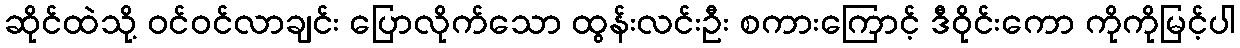
ဆိုင်ထဲသို့ ဝင်ဝင်လာချင်း ပြောလိုက်သော ထွန်းလင်းဦး စကားကြောင့် ဒီဝိုင်းကော ကိုကိုမြင့်ပါ